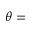
\theta =